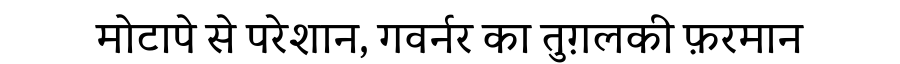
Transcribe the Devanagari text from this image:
मोटापे से परेशान, गवर्नर का तुग़लकी फ़रमान